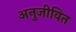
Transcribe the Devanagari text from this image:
अनुजीवित